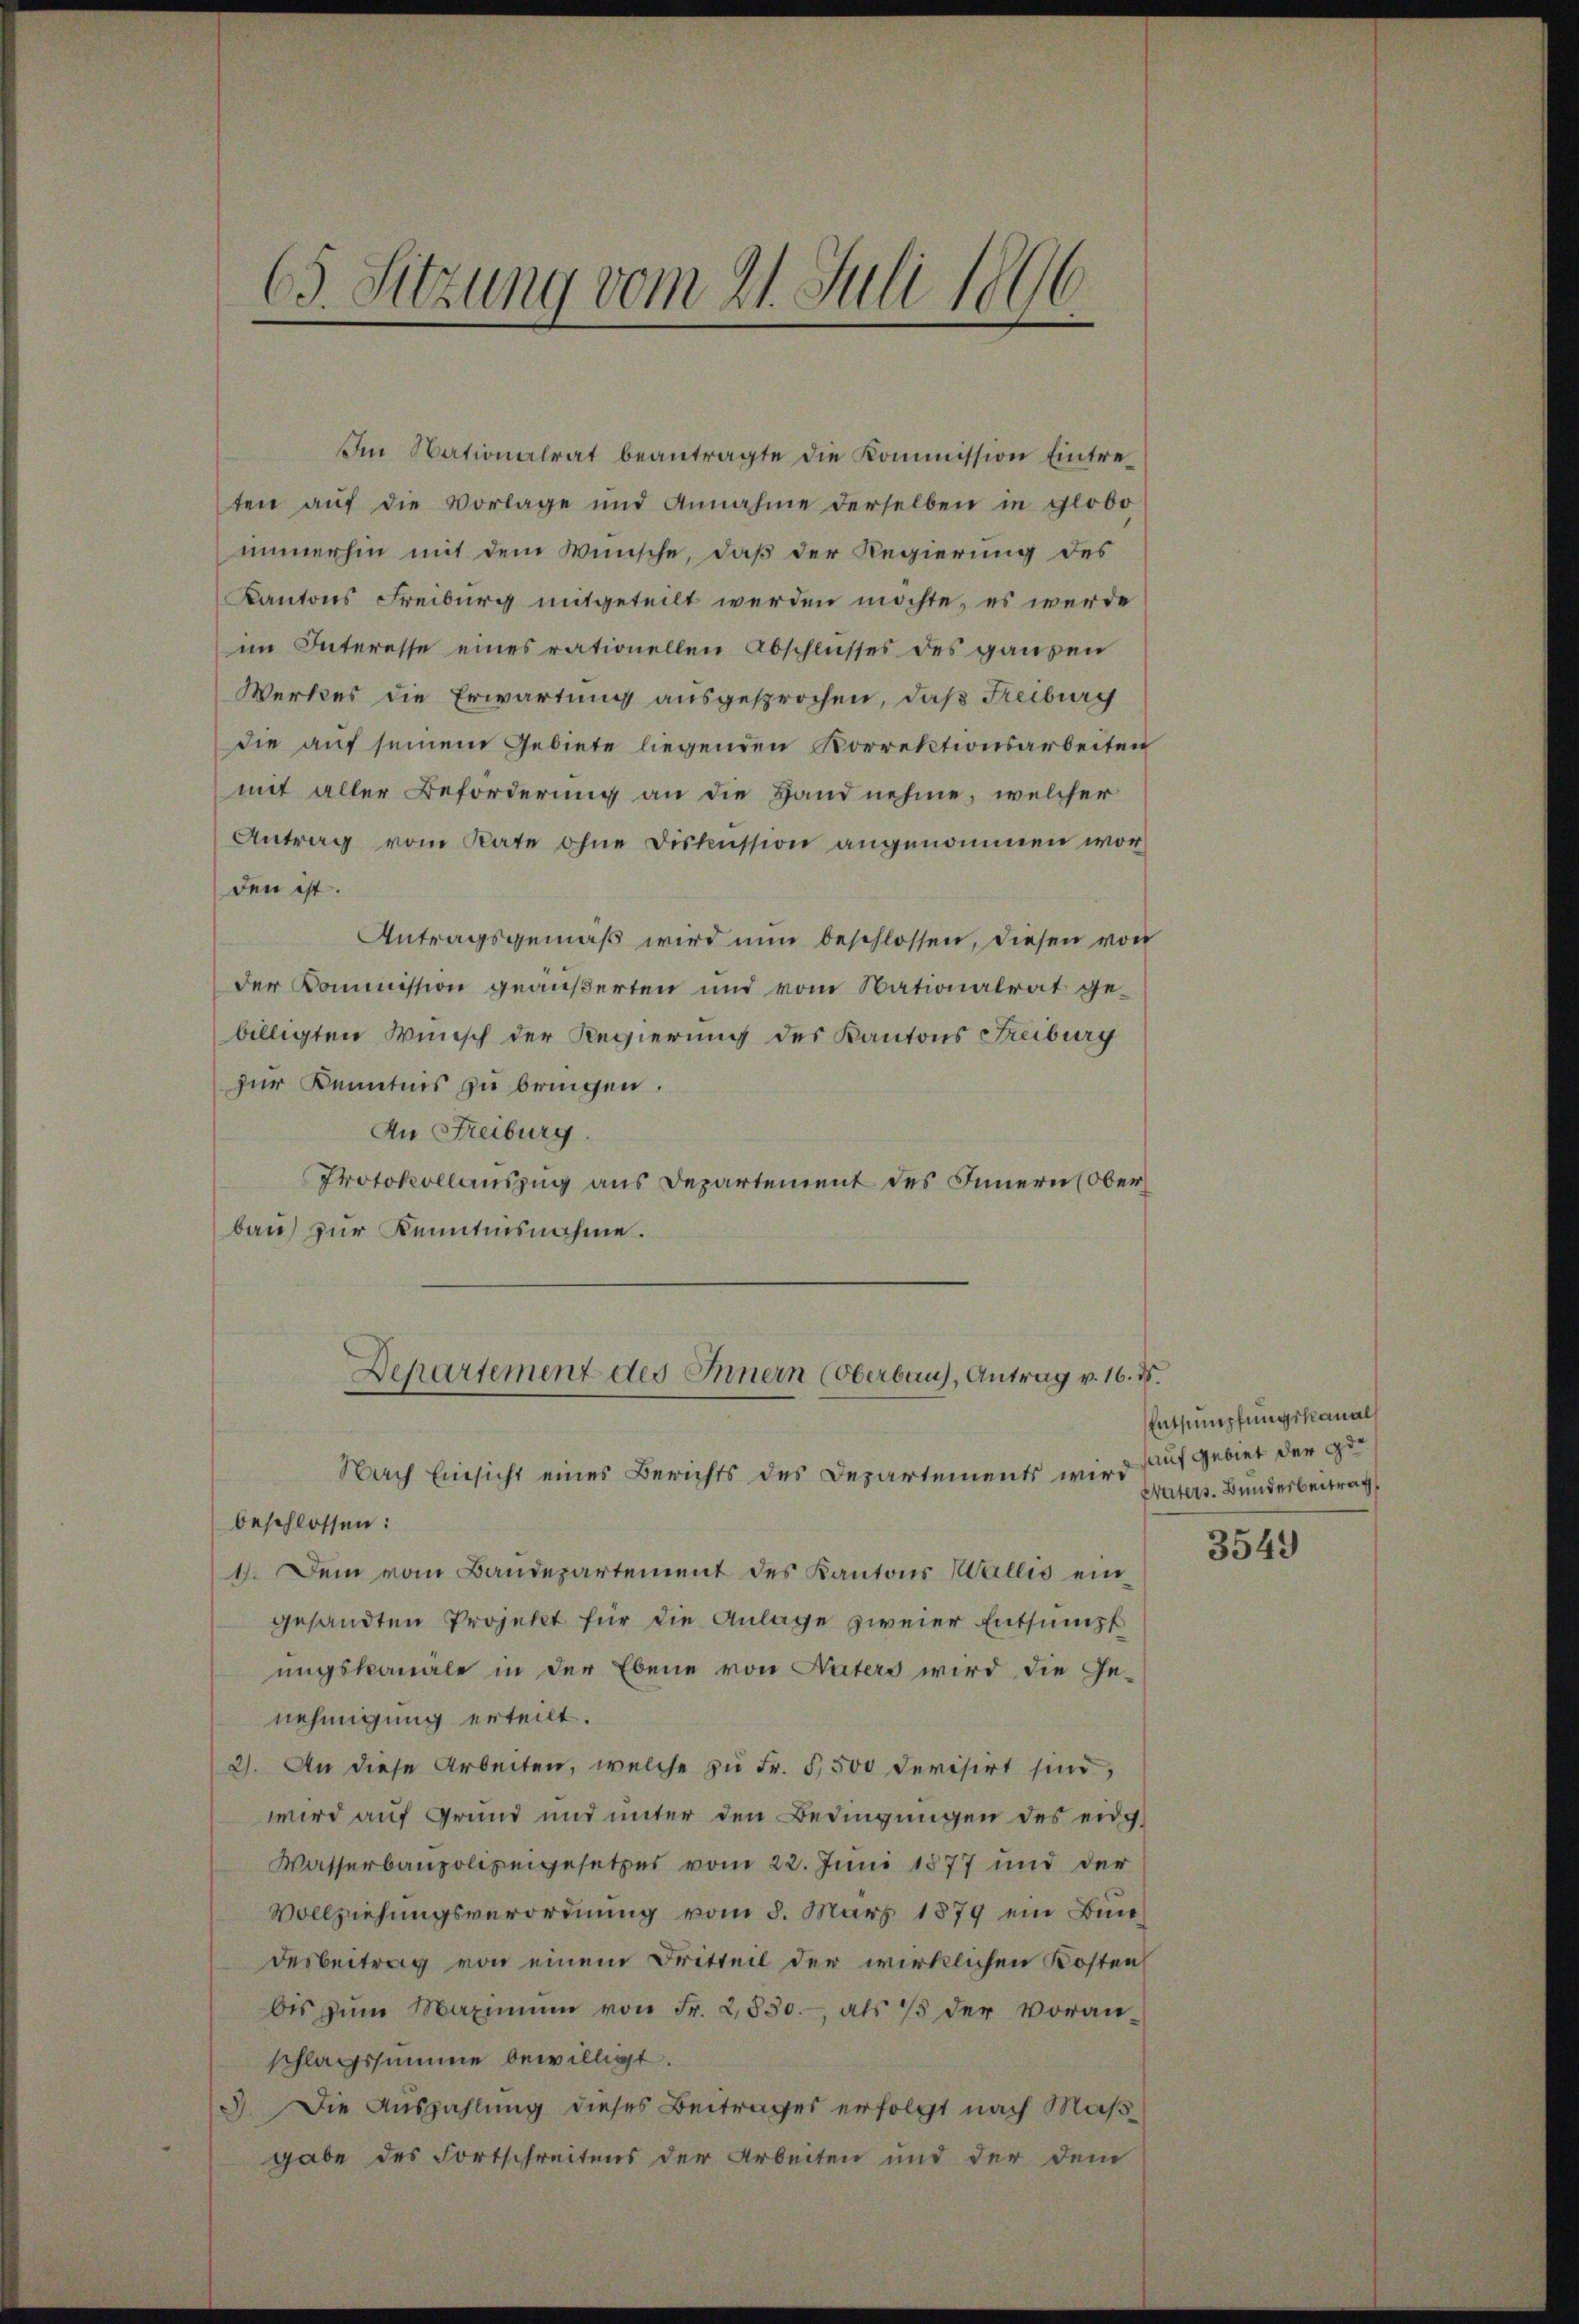
65. Sitzung vom 21. Juli 1896

Im Nationalrat beantragte die Kommission Eintreten auf die Vorlage und Annahme derselben in globo
immerhin mit dem Wünsche, daß der Regierung des
Kantons Freiburg mitgeteilt werden möchte, es werde
im Interesse eines rationellen Abschlusses des Hausen
Werkes die Erwartung ausgesprochen, daß Freiburg
die auf seinem Gebiete liegenden Korrektionsarbeiten
mit aller Beförderung an die Hand nehme, welcher
Antrag vom Rate ohne Diskussion angenommen worden ist.
Antragsgemäß wird nun beschlossen, diesen von
der Kommission geäußerten und vom Nationalrat gebilligten Wunsch der Regierung des Kantons Freiburg
zur Kenntnis zu bringen.
An Freiburg.
Protokollauszug aus Departement des Innern (Oberbau zur Kenntnisnahme.
Departement des Innern (Oberbaus, Antrag v. 16. ds.
Nach Einsicht eines Berichts des Departements wird
beschlossen:
1. Dem vom Baudepartement des Kantons Wallis eingesandten Projekt für die Anlage zweier Entsumpf
ungskanale in der Ebene von Naters wird die Ge-
nehmigung erteilt.
2). An diese Arbeiten, welche zu Fr. 5 500 Devisirt sind,
wird auf Grund und unter den Bedingungen des eidg
Wasserbaupolizeigesetzes vom 22. Juni 1877 und der
Vollziehungsverordnung vom 8. März 1879 ein Bundesbeitrag von einem Dritteil der wirklichen Kosten
bis zŭm Maximum von Fr. 2850.- als 15 der Voran-
schlagssumme bewilligt.
3). Die Auszahlung dieses Beitrages erfolgt nach Maßgabe des Fortschreitens der Arbeiten und der dem

Entsumpfungskanal
auf Gebiet der Ge¬
Waters Bunderbeitrag

3549